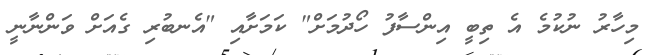
މިހާރު ނުކުމެ އެ ތިބީ އިންސާފު ހޯދުމަށް" ކަމަށާއި "އެނބުރި ގެއަށް ވަންނާނީ